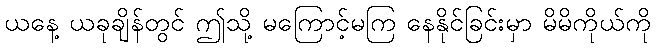
ယနေ့ ယခုချိန်တွင် ဤသို့ မကြောင့်မကြ နေနိုင်ခြင်းမှာ မိမိကိုယ်ကို